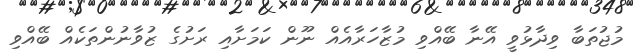
މުޖުތަބާ ވިދާޅުވީ އޭނާ ބޭއްވި މުޒާހަރާއެއް ނޫން ކަމަށާއި ރަށުގެ ޒުވާނުންތަކެއް ބޭއްވި